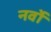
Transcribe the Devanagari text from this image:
नर्वो